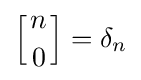
\left[{n \atop 0}\right]=\delta _{n}